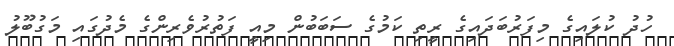
ހުދު ކުލައިގެ މިފަރުބަދައިގެ ރީތި ކަމުގެ ސަބަބުން މިއީ ފަތުރުވެރިންގެ މެދުގައި މަގުބޫލު